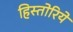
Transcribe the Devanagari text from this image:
हिस्तोरिये